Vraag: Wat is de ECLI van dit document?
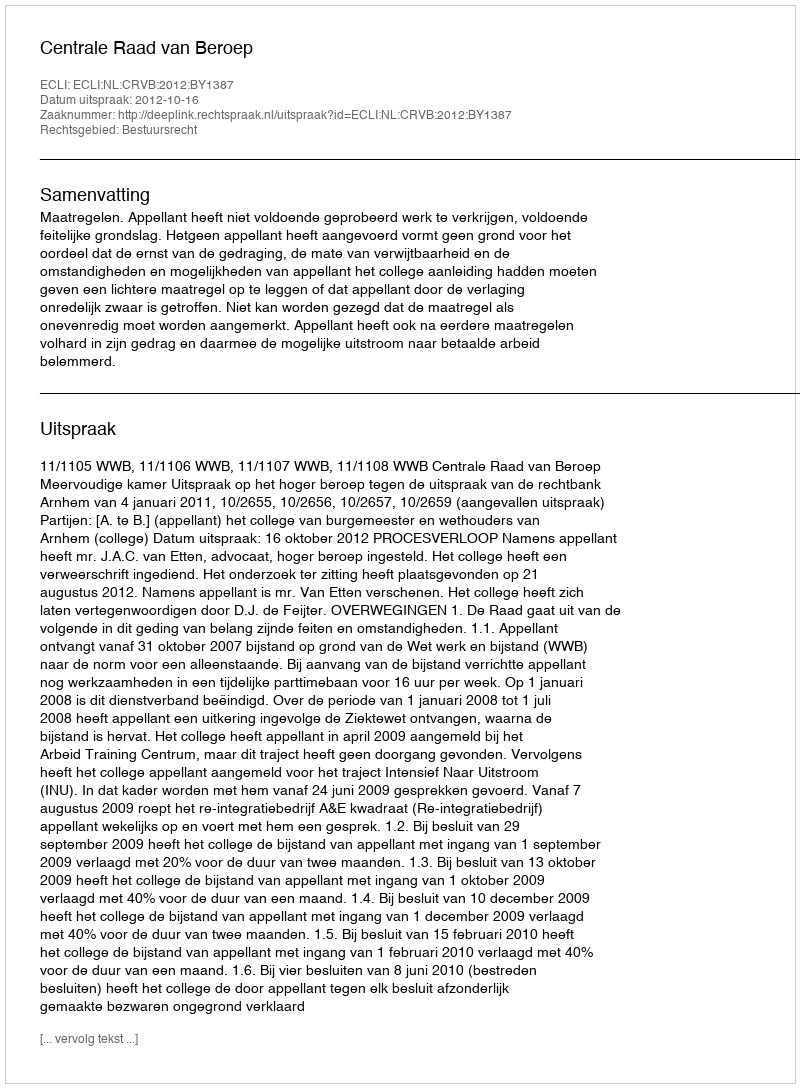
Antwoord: ECLI:NL:CRVB:2012:BY1387